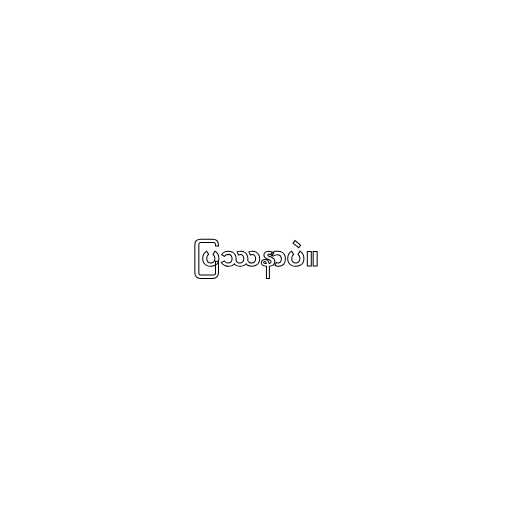
ပြဿနာပဲ။